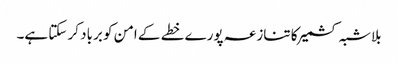
بلاشبہ کشمیر کا تنازعہ پورے خطے کے امن کو برباد کر سکتا ہے۔